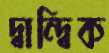
দ্বান্দ্বিক